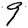
Digit: 9